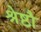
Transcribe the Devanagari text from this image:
श्रेष्ठौ